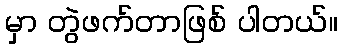
မှာ တွဲဖက်တာဖြစ် ပါတယ်။